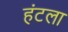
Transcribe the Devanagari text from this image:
हंटला